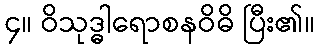
၄။ ဝိသုဒ္ဓါရောစနဝိဓိ ပြီး၏။